Vaccination in Bombay 1924-1928 - 1924-1928
Year: 1924
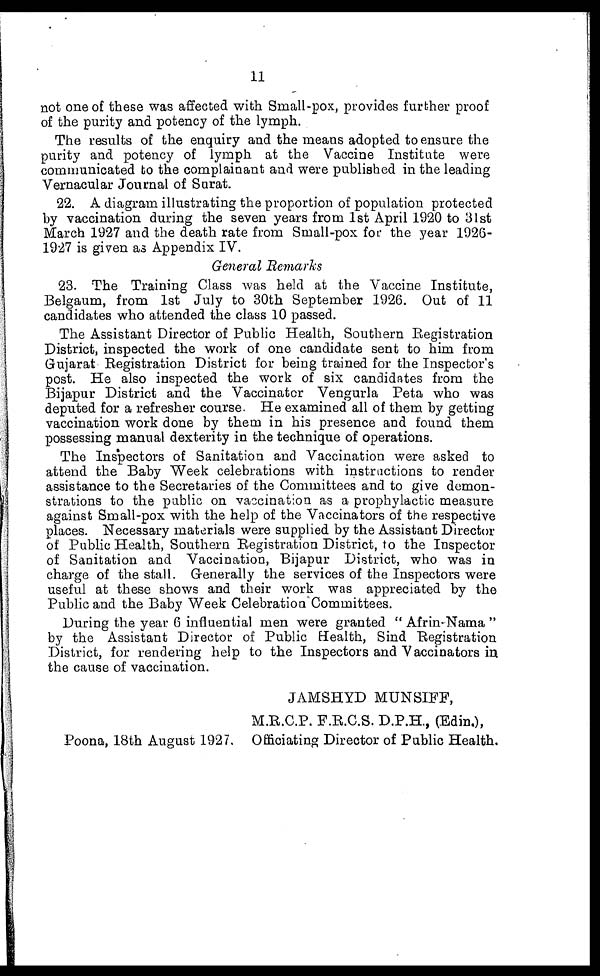
11
not one of these was affected with Small-pox, provides further proof
of the purity and potency of the lymph.
The results of the enquiry and the means adopted to ensure the
purity and potency of lymph at the Vaccine Institute were
communicated to the complainant and were published in the leading
Vernacular Journal of Surat.
22. A diagram illustrating the proportion of population protected
by vaccination during the seven years from 1st April 1920 to 31st
March 1927 and the death rate from Small-pox for the year 1926-
1927 is given as Appendix IV.
General Remarks
23. The Training Class was held at the Vaccine Institute,
Belgaum, from 1st July to 30th September 1926. Out of 11
candidates who attended the class 10 passed.
The Assistant Director of Public Health, Southern Registration
District, inspected the work of one candidate sent to him from
Gujarat Registration District for being trained for the Inspector's
post. He also inspected the work of six candidates from the
Bijapur District and the Vaccinator Vengurla Peta who was
deputed for a refresher course. He examined all of them by getting
vaccination work done by them in his presence and found them
possessing manual dexterity in the technique of operations.
The Inspectors of Sanitation and Vaccination were asked to
attend the Baby Week celebrations with instructions to render
assistance to the Secretaries of the Committees and to give demon-
strations to the public on vaccination as a prophylactic measure
against Small-pox with the help of the Vaccinators of the respective
places. Necessary materials were supplied by the Assistant Director
of Public Health, Southern Registration District, to the Inspector
of Sanitation and Vaccination, Bijapur District, who was in
charge of the stall. Generally the services of the Inspectors were
useful at these shows and their work was appreciated by the
Public and the Baby Week Celebration Committees.
During the year 6 influential men were granted " Afrin-Nama "
by the Assistant Director of Public Health, Sind Registration
District, for rendering help to the Inspectors and Vaccinators in
the cause of vaccination.
JAMSHYD MUNSIFF,
M.R.C.P. F.R.C.S. D.P.H., (Edin.),
Poona, 18th August 1927. Officiating Director of Public Health.